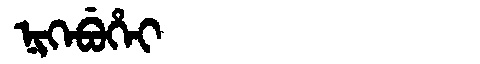
Manchu: ᠨᡳᡴᡝᠪᡠᡥᡝᡳ
Romanization: NIKEBUHEI